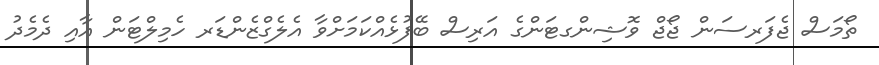
ތޯމަސް ޖެފަރސަން ޖޯޖް ވޮޝިންގޓަންގެ އަރިސް ބޭފުޅެއްކަމަށްވާ އެލެގްޒެންޑަރ ހެމިލްޓަން އާއި ދެމެދު